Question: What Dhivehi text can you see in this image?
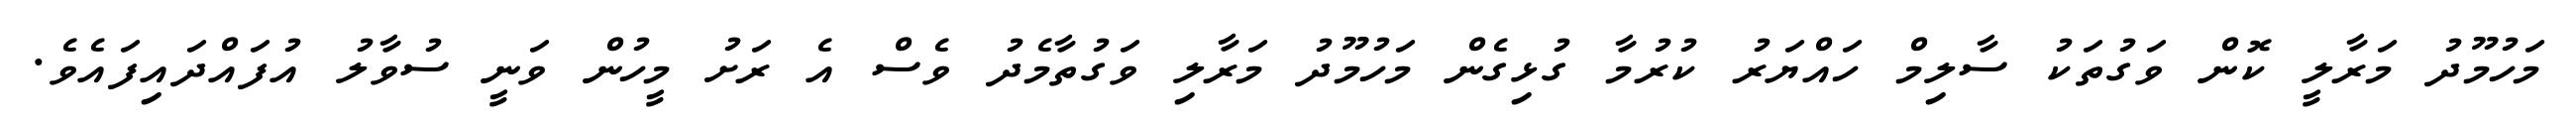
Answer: މަހުމޫދު މަރާލީ ކޮން ވަގުތަކު ސާލިމް ހައްޔަރު ކުރުމާ ގުޅިގެން މަހުމޫދު މަރާލި ވަގުތާމެދު ވެސް އެ ރަށު މީހުން ވަނީ ސުވާލު އުފައްދައިފައެވެ.